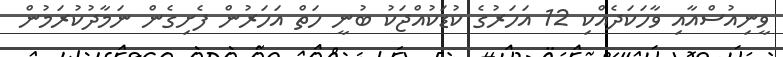
ވީނިއުސްއާއި ވާހަކަދެއްކި 12 އަހަރުގެ ކުޑަކުއްޖަކު ބުނީ ހަތް އަހަރުން ފެށިގެން ނަމާދުކުރަމުން